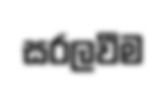
සරලවීම